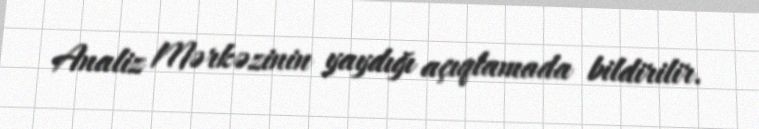
Analiz Mərkəzinin yaydığı açıqlamada bildirilir.